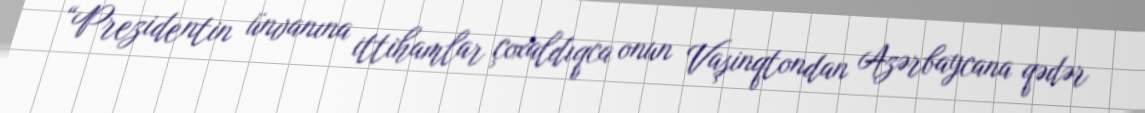
“Prezidentin ünvanına ittihamlar çoxaldıqca onun Vaşinqtondan Azərbaycana qədər